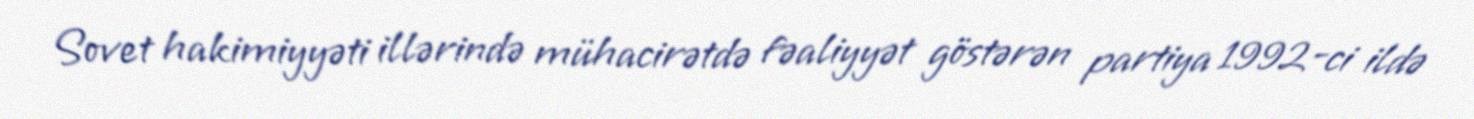
Sovet hakimiyyəti illərində mühacirətdə fəaliyyət göstərən partiya 1992-ci ildə